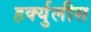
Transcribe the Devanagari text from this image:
हर्क्युलीस